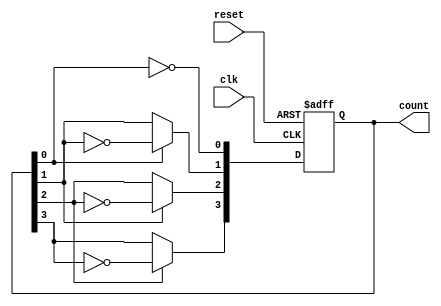
module ripple_counter #(
    parameter N = 4  // Number of bits in the counter
)(
    input wire clk,         // Clock input
    input wire reset,       // Asynchronous reset
    output reg [N-1:0] count // Counter output
);

// Always block for the counter operation
always @(posedge clk or posedge reset) begin
    if (reset) begin
        count <= 0; // Reset the counter to 0
    end else begin
        count[0] <= ~count[0]; // Toggle the least significant bit
        // Toggle the next bits based on the previous bit's state
        count[1] <= count[0] ? ~count[1] : count[1];
        count[2] <= count[1] ? ~count[2] : count[2];
        count[3] <= count[2] ? ~count[3] : count[3];
        // Add more lines for additional bits if N > 4
    end
end

endmodule